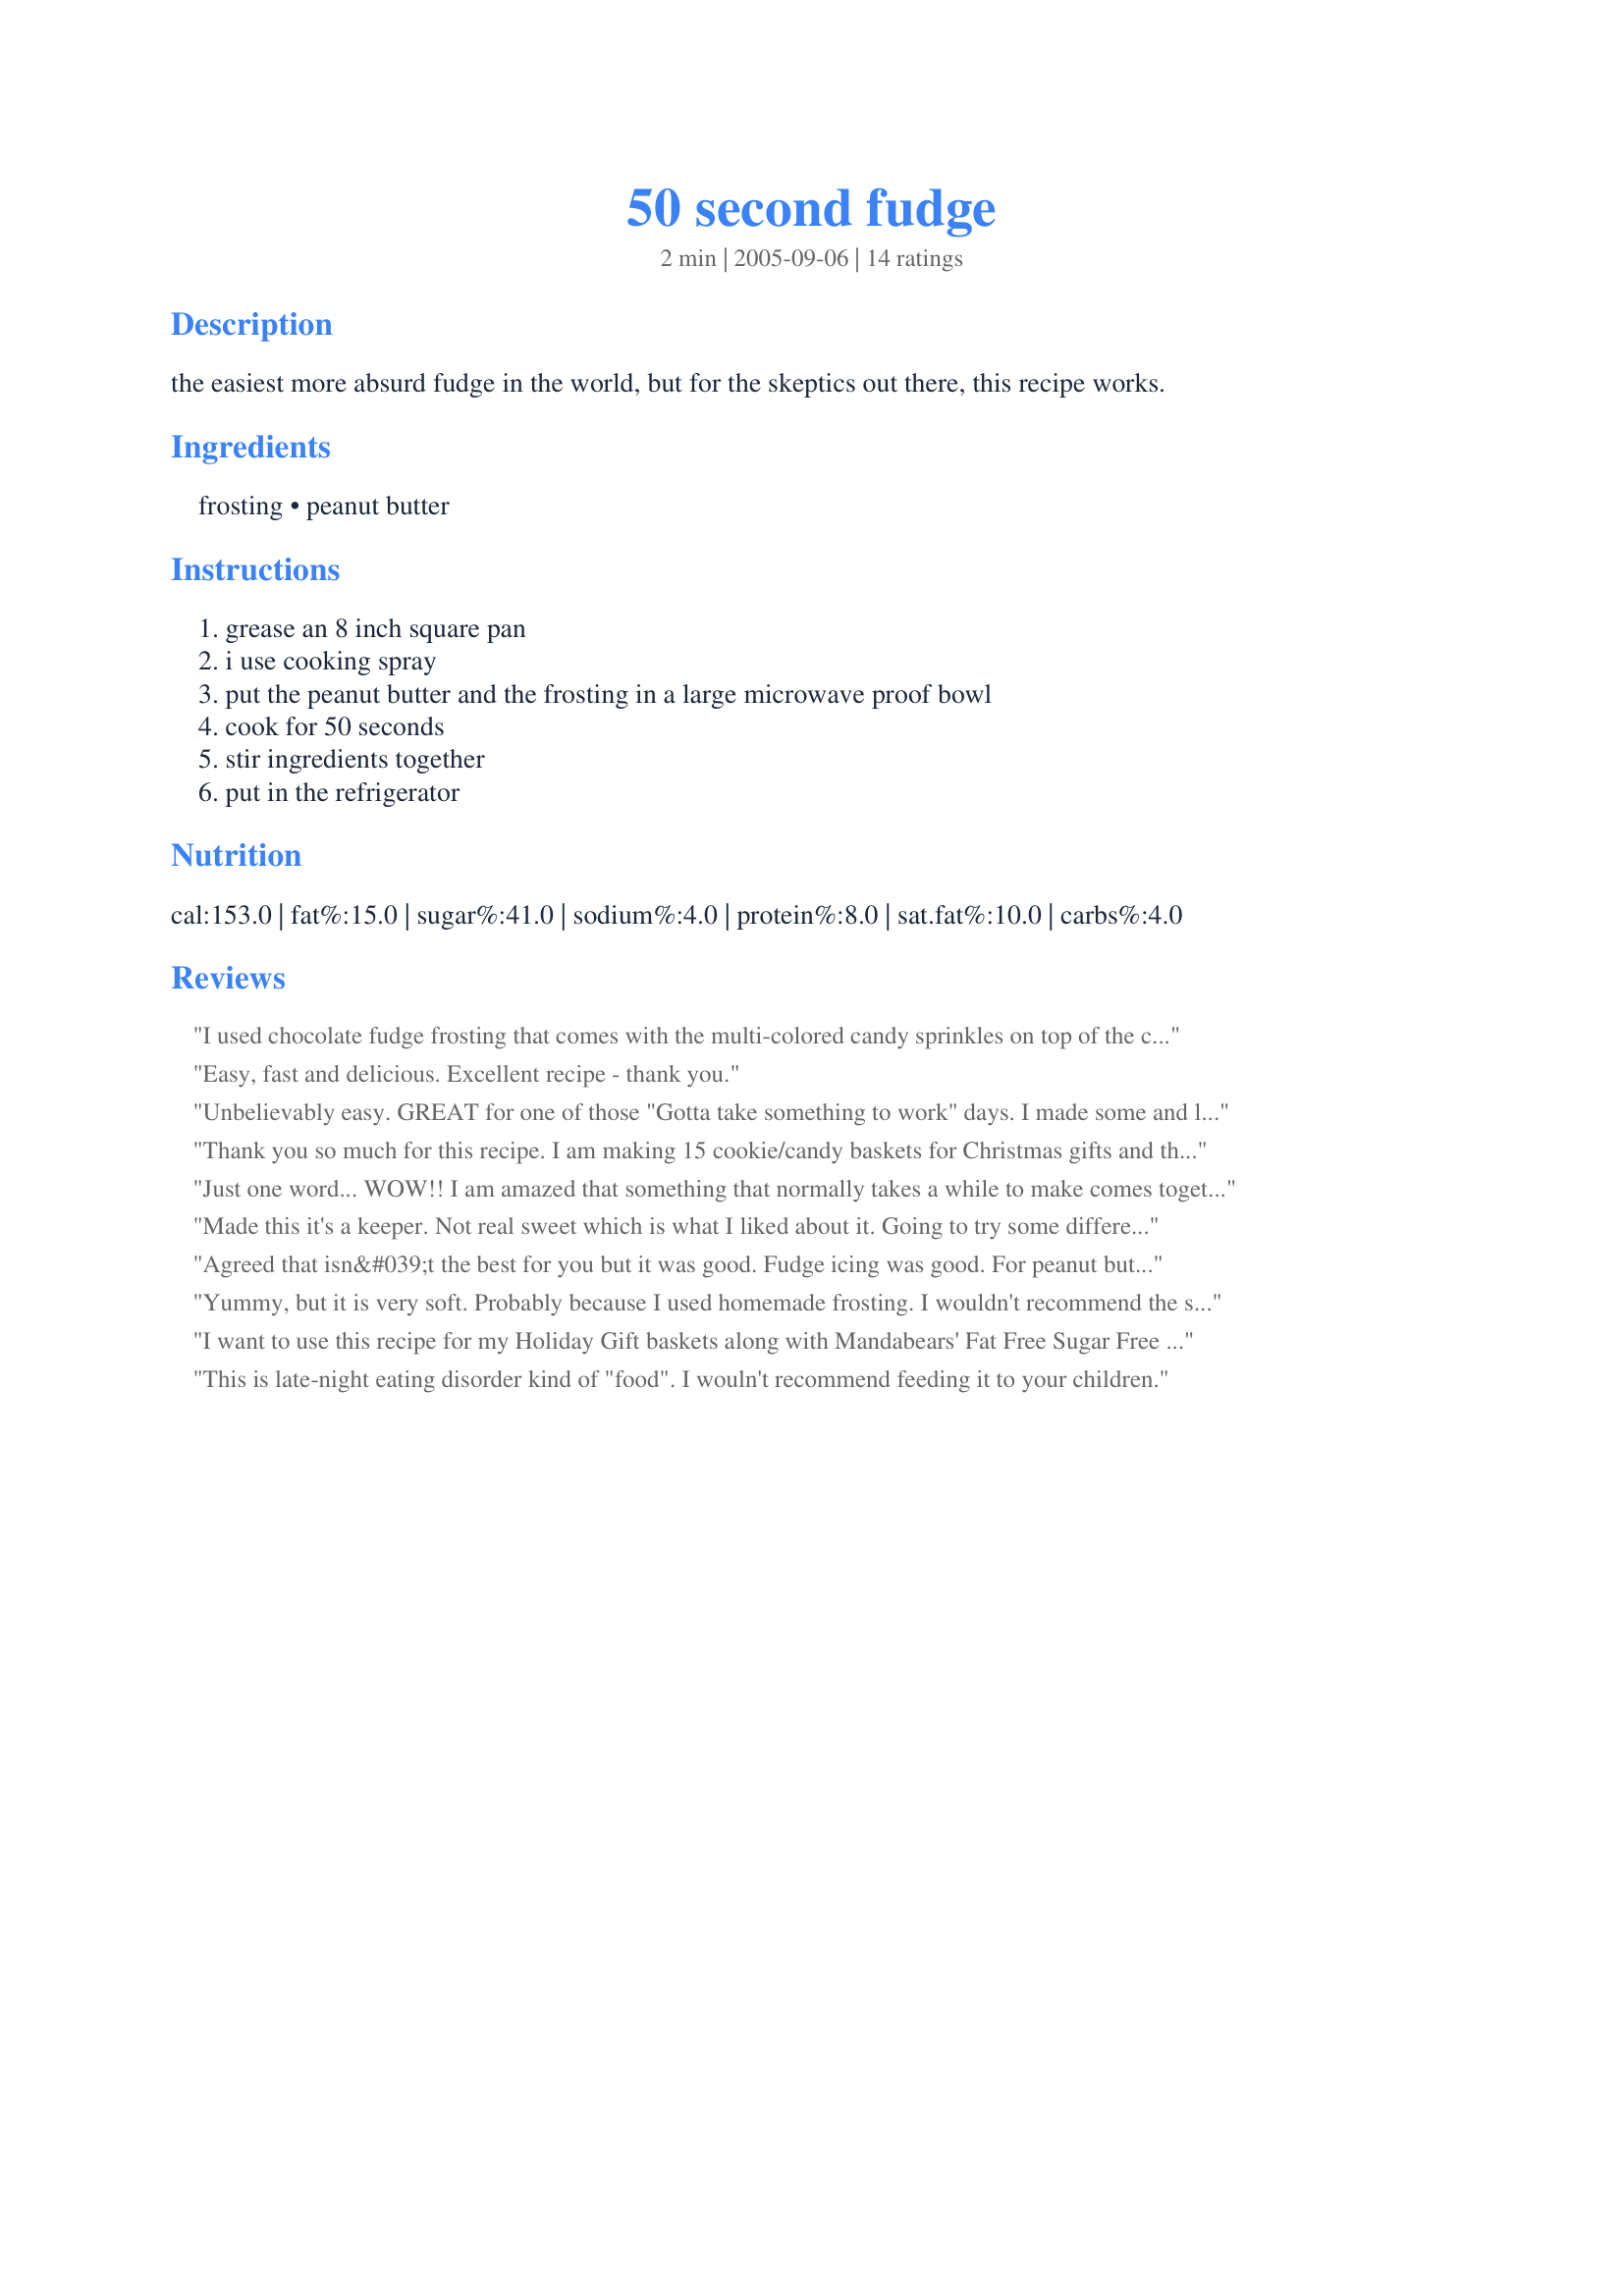
50 second fudge
Preparation time: 2 minutes

the easiest more absurd fudge in the world, but for the skeptics out there, this recipe works.

Ingredients:
frosting, peanut butter

Steps:
grease an 8 inch square pan, i use cooking spray, put the peanut butter and the frosting in a large microwave proof bowl, cook for 50 seconds, stir ingredients together, put in the refrigerator

Reviews:
I used chocolate fudge frosting that comes with the multi-colored candy sprinkles on top of the can but think I will try it with milk chocolate frosting next time. Included it in my fudge assortment I made for my co-workers. Made a very pretty fudge.
Easy, fast and delicious. Excellent recipe - thank you.
Unbelievably easy. GREAT for one of those "Gotta take something to work" days.
I made some and loved it. Wife took it to work with her...lasted about 30 minutes. Even used generic P.Butter.
FAST...FAST...FAST and GOOD!
Thank you so much for this recipe. I am making 15 cookie/candy baskets for Christmas gifts and this was the perfect addition to the baskets. Of course I tried some of it and it was delicious. SO easy to make!!
Just one word... WOW!! I am amazed that something that normally takes a while to make comes together so quickly- this is my NEW fudge recipe!!
Made this it's a keeper. Not real sweet which is what I liked about it. Going to try some different nut butters and different flavors of icing.
Agreed that isn&#039;t the best for you but it was good. Fudge icing was good. For peanut butter we used the plain (no flavor) icing. We only microwaved the icing. We also skipped the Pam and lined the pan with waxed paper. You can actually stack two batches in one pan by putting wax paper between layers.
Yummy, but it is very soft. Probably because I used homemade frosting. I wouldn't recommend the store bought just to make it thicker though, because of both the taste and the nutrition.
I want to use this recipe for my Holiday Gift baskets along with Mandabears' Fat Free Sugar Free Hot Chocolate Mix but wanted to try it first. My grandson Skyler and I made it together and he had a blast helping me (he licked the spoon!). These turned out really good! Beware though - they are delicious but REALLY sweet and I cut the pieces too big. The consistency is very soft like the stuff you get from the stores. I used Fudge frosting, but may try it with White Chocolate to have a variety! These will be in my gift baskets for sure.
This is late-night eating disorder kind of "food". I wouln't recommend feeding it to your children.
This is positively delicious - who would ever want to use another fudge recipe when this is so simple? This is permanently in my recipe collection.
I made these before noticing that the can of frosting contained a large amount of trans fats, which clog your arteries and never leave the body. I only gave these three stars because it tasted okay, but I'd never make it again because it's really bad for you, especially little children.
I don't have much of a "sweet tooth", but my husband likes this; says it tastes similar to a peanut butter cup. And you can't get much faster or easier for when you need an emergency gift from the kitchen! The food police will just have to look the other way once in a while.
ABSOLUTELY DELICIOUS.....AND " NO FAIL". i never could make fudge....the candy temp thing....but is is fudge 101 !! thanks so much for this easy, tasty fudge. i made it excatly as posted...i used curnchy peanut butter. thanks patsy
